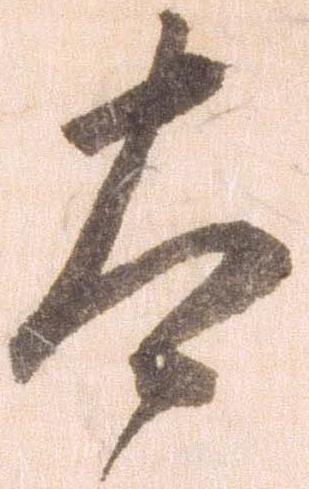
太